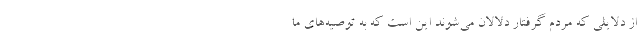
از دلایلی که مردم گرفتار دلالان می‌شوند این است که به توصیه‌های ما